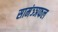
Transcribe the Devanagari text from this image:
सामंञ्ञफल